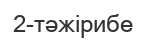
2-тәжірибе